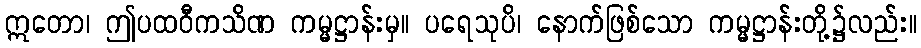
ဣတော၊ ဤပထဝီကသိဏ ကမ္မဋ္ဌာန်းမှ။ ပရေသုပိ၊ နောက်ဖြစ်သော ကမ္မဋ္ဌာန်းတို့၌လည်း။